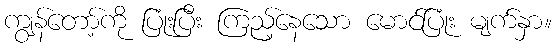
ကျွန်တော့်ကို ပြုံးပြီး ကြည့်နေသော မောင်ပြုံး မျက်နှာ။